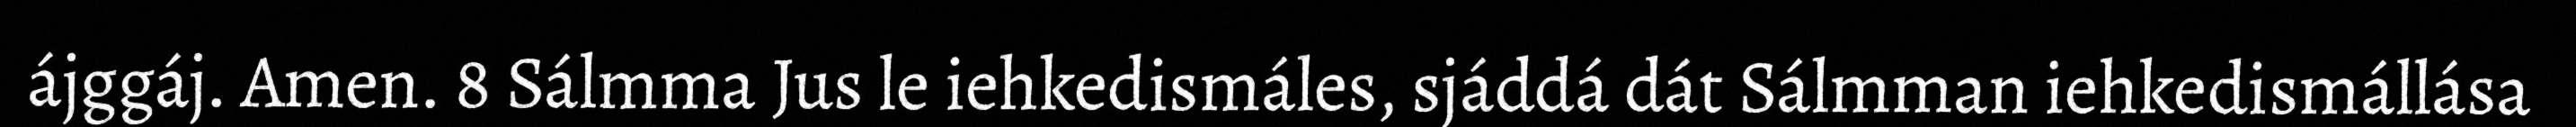
ájggáj. Amen. 8 Sálmma Jus le iehkedismáles, sjáddá dát Sálmman iehkedismállása